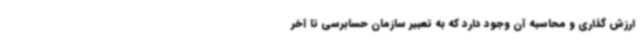
ارزش گذاری و محاسبه آن وجود دارد که به تعبیر سازمان حسابرسی تا آخر